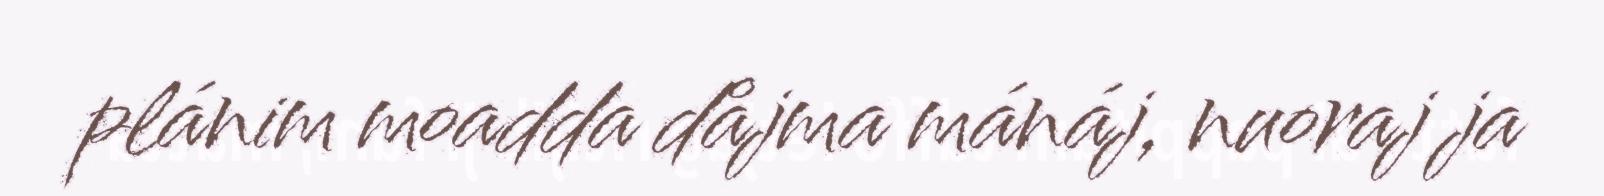
plánim moadda dåjma mánáj, nuoraj ja